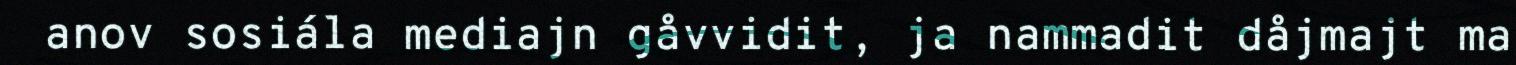
anov sosiála mediajn gåvvidit, ja nammadit dåjmajt ma